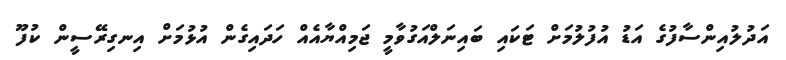
އަދުލުއިންސާފުގެ އަޑު އުފުލުމަށް ޓަކައި ބައިނަލްއަގުވާމީ ޖަމިއްޔާއެއް ހަދައިގެން އުޅުމަށް އިނގިރޭސީން ކުފޫ